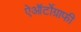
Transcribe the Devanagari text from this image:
ऐऑर्टोग्राफी